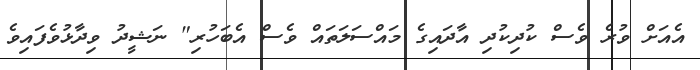
އެއަށް ވުރެ ވެސް ކުދިކުދި އާދައިގެ މައްސަލަތައް ވެސް އެބަހުރި" ނަޝީދު ވިދާޅުވެފައިވެ